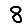
Digit: 8